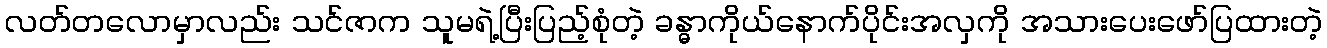
လတ်တလောမှာလည်း သင်ဇာက သူမရဲ့ပြီးပြည့်စုံတဲ့ ခန္ဓာကိုယ်နောက်ပိုင်းအလှကို အသားပေးဖော်ပြထားတဲ့